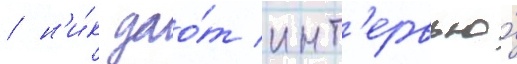
/ н'и́к дао́т инт'ервью́